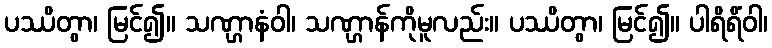
ပဿိတွာ၊ မြင်၍။ သဏ္ဌာနံဝါ၊ သဏ္ဌာန်ကိုမူလည်း။ ပဿိတွာ၊ မြင်၍။ ပါရိရိံဝါ၊